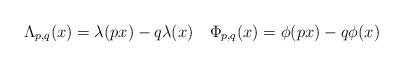
LaTeX: \begin{align*}\Lambda_{p,q}(x)=\lambda(px)-q\lambda(x)\quad\Phi_{p,q}(x)=\phi(px)-q\phi(x)\end{align*}